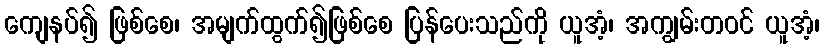
ကျေနပ်၍ ဖြစ်စေ၊ အမျက်ထွက်၍ဖြစ်စေ ပြန်ပေးသည်ကို ယူအံ့၊ အကျွမ်းတဝင် ယူအံ့၊